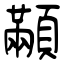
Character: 顢